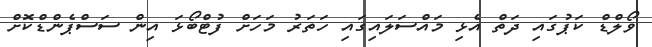
ވޯލްޑް ކަޕުގައި ދަތް އެޅި މައްސަލައިގައި ހަތަރު މަހަށް ފުޓްބޯޅަ އިން ސަސްޕެންޑްކޮށް